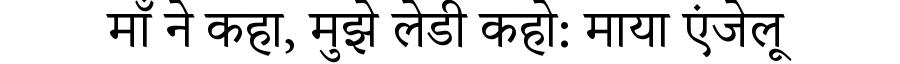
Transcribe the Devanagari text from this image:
माँ ने कहा, मुझे लेडी कहो: माया एंजेलू